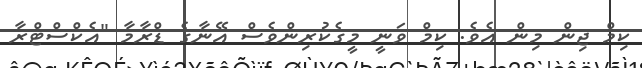
ކިމް ޖިން މިން އެވެ. ކިމް ވަނީ މީގެކުރިންވެސް އޭނާގެ ޑްރާމާ "އެކްސްޓްރާ